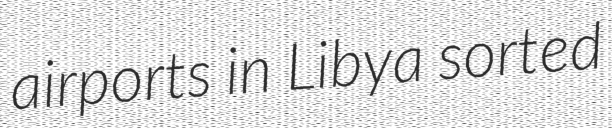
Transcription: airports in Libya sorted